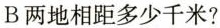
B两地相距多少千米?